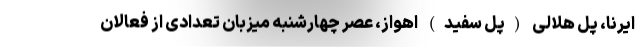
ایرنا، پل هلالی (پل سفید) اهواز، عصر چهارشنبه میزبان تعدادی از فعالان